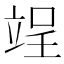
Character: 𮄰